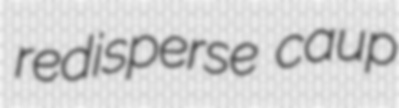
redisperse caup